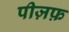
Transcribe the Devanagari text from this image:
पीज़फ़